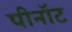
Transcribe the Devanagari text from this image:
पीनॉट